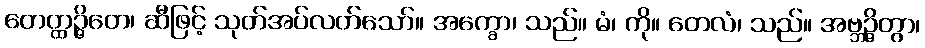
တေတ္ထဉ္ဇိတေ၊ ဆီဖြင့် သုတ်အပ်လတ်သော်။ အက္ခော၊ သည်။ မံ၊ ကို။ တေလံ၊ သည်။ အဗ္ဘဉ္ဇိတွာ၊